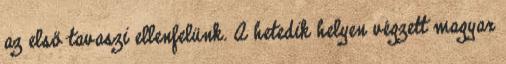
az első tavaszi ellenfelünk. A hetedik helyen végzett magyar